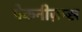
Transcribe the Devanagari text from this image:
मेकनीज़म्स